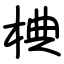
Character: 椣